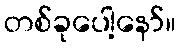
တစ်ခုပေါ့နော်။